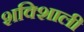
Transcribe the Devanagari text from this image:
शक्शिाली